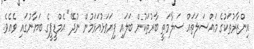
އިންޒާރުތަކުގެ މައްސަލަތައް ސަލާމަތީ ބާރުތަކުން ބަލައި ފިޔަވަޅުއަޅަމުން ނުދޭ" އެމްޑީޕީގެ ބަޔާނުގައި ވެއެވެ.